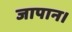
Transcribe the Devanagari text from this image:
जापान।